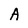
Character: A